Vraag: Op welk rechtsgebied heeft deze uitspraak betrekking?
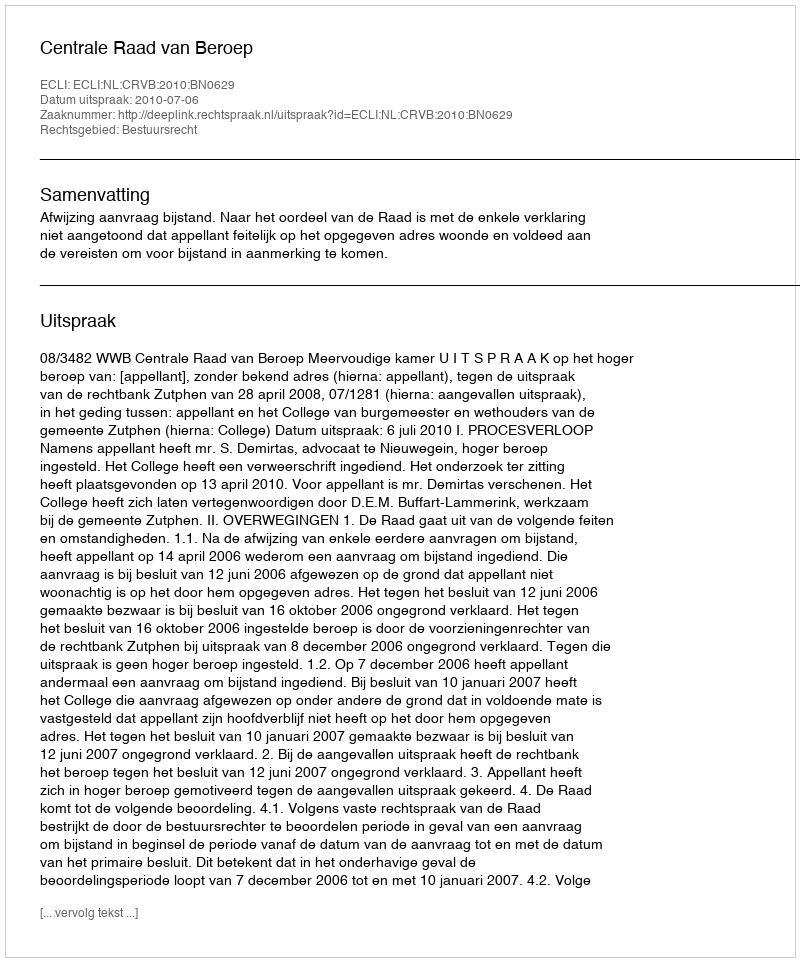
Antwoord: Bestuursrecht